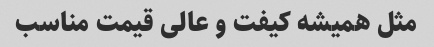
مثل همیشه کیفت و عالی قیمت مناسب